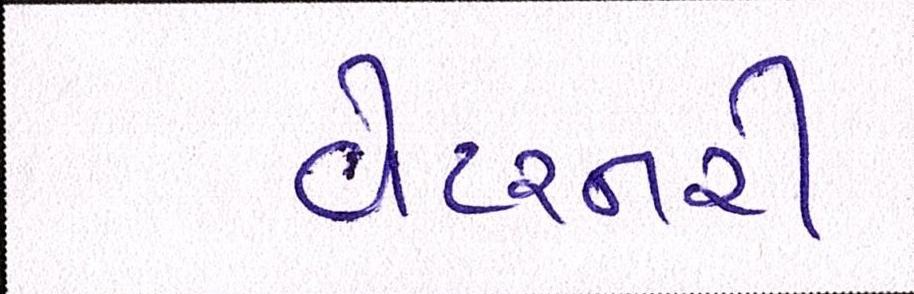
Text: વેટરનરી